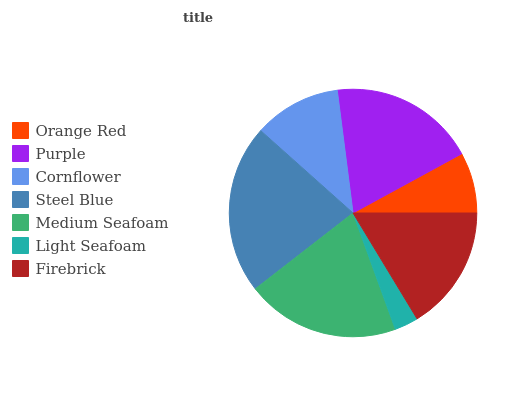
| Orange Red | Purple | Cornflower | Steel Blue | Medium Seafoam | Light Seafoam | Firebrick |
 | --- | --- | --- | --- | --- | --- | --- |
 | 7.93% | 19.1% | 11.4% | 22.1% | 20% | 3.1% | 16.4% |